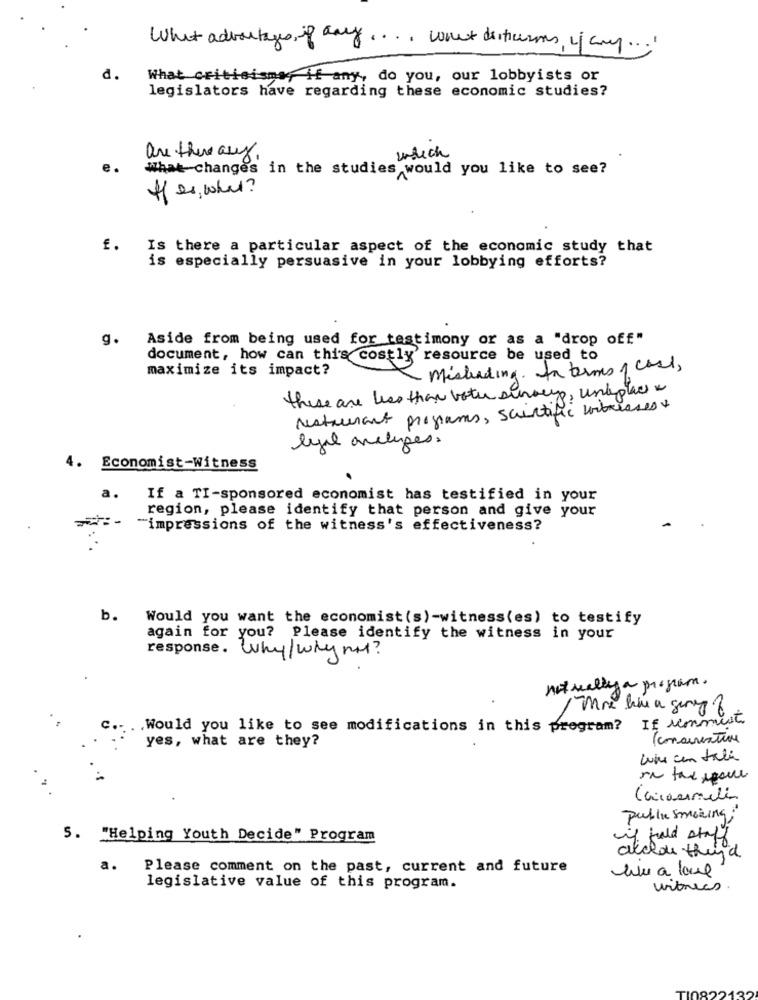
What advantages, if any .... want disticasms, if any ....
d.
What criticisma, if any, do you, our lobbyists or
legislators have regarding these economic studies?
are there aux,
which
e.
What changes in the studies would you like to see?
ff es, what?
f. Is there a particular aspect of the economic study that
is especially persuasive in your lobbying efforts?
g.
Aside from being used for testimony or as a "drop off"
document, how can this costly' resource be used to
maximize its impact?
Misleading. In terms of cost,
these are less than both sinous, unkplace
restaurant programs, scientific undresses +
lyil aretypes.
4.
Economist-Witness
a.
If a TI-sponsored economist has testified in your
region, please identify that person and give your
"impressions of the witness's effectiveness?
b.
Would you want the economist (s)-witness(es) to testify
again for you? Please identify the witness in your
response. Why/why not?
not reallyy a program.
Would you like to see modifications in this program? If icmmest
yes, what are they?
(concreative
Caraemilia
public smoking?
5. "Helping Youth Decide" Program
if fold staff
akclou thund
a.
Please comment on the past, current and future
we a loud
legislative value of this program.
witnees